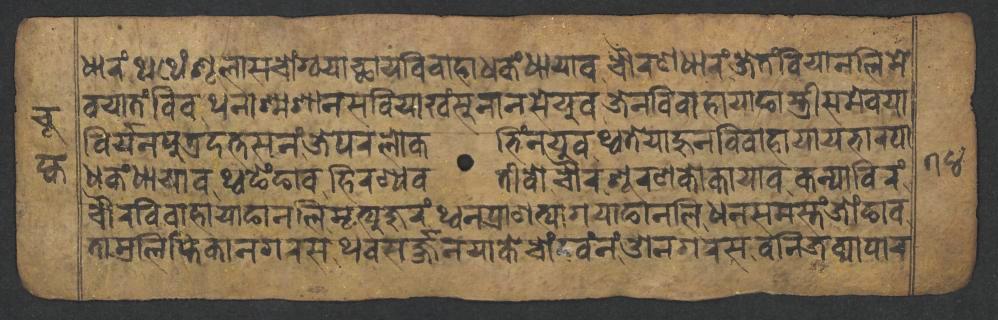
𑐢𑐵𑐬𑑄𑐠𑐠𑐾𑑄𑐱𑐹𑐮𑐵𑐳𑐔𑑀𑑄𑐐𑑂𑐰𑐫𑐵𑐕𑐵𑐫𑐰𑐶𑐰𑐵𑐴𑐵𑐢𑐎𑑄𑐢𑐵𑐫𑐵𑐰𑐔𑑁𑐬𑐞𑐢𑐵𑐬𑑄𑐖𑐾𑐟𑑄𑐧𑐶𑐫𑐵𑐣𑐮𑐶𑐩𑐾 𑐰𑐫𑐵𑐟𑑄𑐧𑐶𑐰𑐠𑐣𑐵𑐱𑑂𑐩𑐱𑐵𑐣𑐳𑐧𑐶𑐫𑐵𑐏𑑄𑐳𑐸𑐣𑐵𑐣𑐳𑐾𑐫𑐸𑐰𑐖𑐾𑐣𑐰𑐶𑐰𑐵𑐴𑐵𑐫𑐵𑐒𑐵𑐳𑑂𑐟𑑂𑐬𑐷𑐳𑐩𑐾𑐰𑐫𑐵 𑐧𑐶𑐬𑑂𑐫𑐣𑐥𑐸𑐟𑑂𑐬𑐡𑐟𑑂𑐟𑐳𑐣𑑄𑐖𑐾𑐥𑐬𑐮𑑀𑐎𑐨𑐶𑑄𑐣𑐫𑐸𑐰𑐠𑑂𑐰𑐟𑐾𑐫𑐵𑐴𑐸𑐣𑐰𑐶𑐰𑐵𑐴𑐵𑐫𑐵𑐫𑐨𑐵𑐬𑐥𑐵 𑐢𑐎𑑄𑐢𑐵𑐫𑐵𑐰𑐠𑑂𑐰𑐒𑐾𑑄𑐒𑐵𑐰𑐴𑐶𑐬𑐞𑑂𑐫𑐰𑐟𑐷𑐰𑑀𑐔𑑁𑐬𑐱𑐹𑐬𑐞𑐎𑑀𑐎𑐵𑐫𑐵𑐰𑐎𑐣𑑂𑐫𑐵𑐧𑐶𑐬𑑄 𑐔𑑁𑐬𑐰𑐶𑐰𑐵𑐴𑐵𑐫𑐵𑐒𑐵𑐣𑐮𑐶𑐩𑐺𑐟𑑂𑐫𑐸𑐖𑐸𑐬𑑄𑐠𑑂𑐰𑐣𑐥𑑂𑐬𑐵𑐞𑐟𑑂𑐫𑐵𑐐𑐫𑐵𑐒𑐵𑐣𑐮𑐶𑐢𑐣𑐳𑐩𑐳𑑂𑐟𑑄𑐖𑑀𑑄𑐒𑐵𑐰 𑐟𑐵𑐩𑑂𑐬𑐮𑐶𑐥𑑂𑐟𑐶𑐎𑐵𑐣𑐐𑐬𑐳𑐠𑐰𑐳𑐬𑑂𑐖𑑂𑐖𑐣𑐫𑐵𑐎𑐾𑐔𑑀𑑄𑐡𑐰𑑄𑐣𑑄𑐌𑐣𑐐𑐬𑐳𑐧𑐣𑐶𑐖𑐰𑑂𑐫𑐵𑐥𑐵𑐬